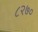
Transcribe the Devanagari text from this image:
८२७०